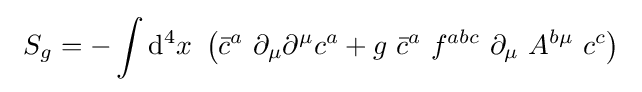
\ S_{g}=-\int \mathrm {d} ^{4}x\ \left({\bar {c}}^{a}\ \partial _{\mu }\partial ^{\mu }c^{a}+g\ {\bar {c}}^{a}\ f^{abc}\ \partial _{\mu }\ A^{b\mu }\ c^{c}\right)\